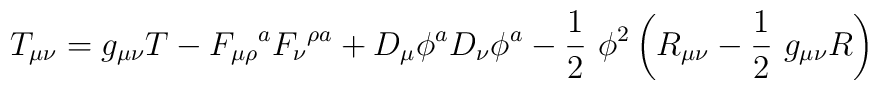
T_{\mu \nu}=g_{\mu \nu}T-F_{\mu \rho}\mbox{}^{a}F_{\nu}\mbox{}^{\rho a}+D_{\mu}\phi^aD_{\nu}\phi^a-\frac{1}{2}\ \phi^2\left(R_{\mu \nu}-\frac{1}{2}\ g_{\mu \nu}R\right)